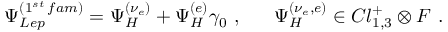
\Psi _ { L e p } ^ { ( 1 ^ { s t } \, f a m ) } = \Psi _ { H } ^ { ( \nu _ { e } ) } + \Psi _ { H } ^ { ( e ) } \gamma _ { 0 } ~ , ~ ~ ~ ~ ~ \Psi _ { H } ^ { ( \nu _ { e } , e ) } \in C l _ { 1 , 3 } ^ { + } \otimes { \cal F } ~ .